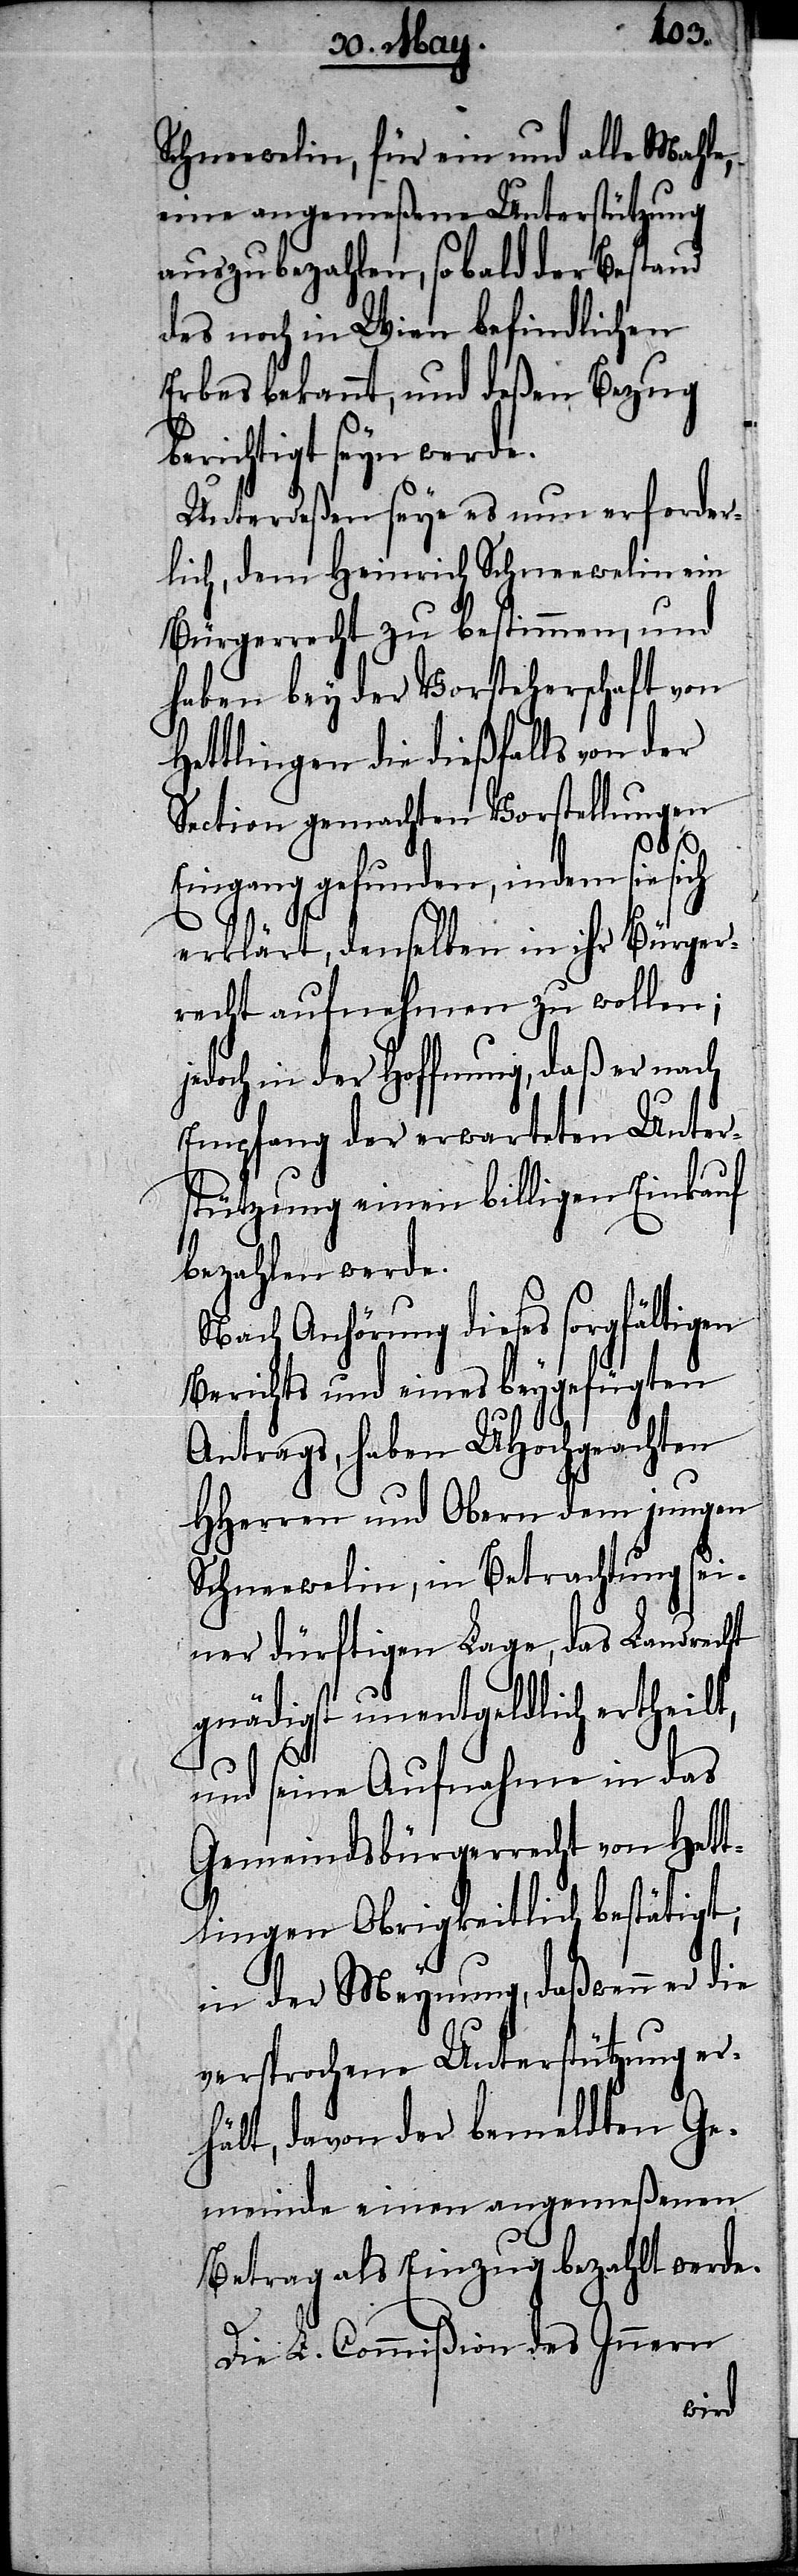
Schneewelin, für ein und alle Mahle,
eine angemeßene Unterstützung
auszubezahlen, sobald der Bestand
des noch in Wien befindlichen
Erbes bekannt, und deßen Bezug
berichtigt seyn werde.
Unterdeßen seye es nun erforder¬
lich, dem Heinrich Schneewelin ein
Bürgerrecht zu bestimmen, und
haben bey der Vorsteherschaft von
Hettlingen die dießfalls von der
Section gemachten Vorstellungen
Eingang gefunden, indem sie sich
erklärt, denselben in ihr Bürger¬
recht aufnehmen zu wollen;
jedoch in der Hoffnung, daß er nach
Empfang der erwarteten Unter¬
stützung einen billigen Einkauf
bezahlen werde.
Nach Anhörung dieses sorgfältigen
Berichts und eines beygefügten
Antrags, haben UHochgeachten
HHerren und Obern dem jungen
Schneewelin, in Betrachtung sei¬
ner dürftigen Lage, das Landrecht
gnädigst unentgeldlich ertheilt,
und seine Aufnahme in das
Gemeindsbürgerrecht von Hett¬
lingen Obrigkeitlich bestätigt;
in der Meynung, daß wenn er die
versprochene Unterstützung er¬
hält, davon der bemeldten Ge¬
meinde einen angemeßenen
Betrag als Einzug bezahlt werde.
Die L. Commißion des Innern